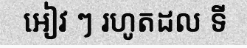
អៀវ ៗ រហូតដល ទី